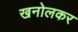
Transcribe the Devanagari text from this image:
खनोलकर